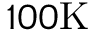
1 0 0 \mathrm { K }